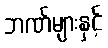
ဘဏ်များနှင့်